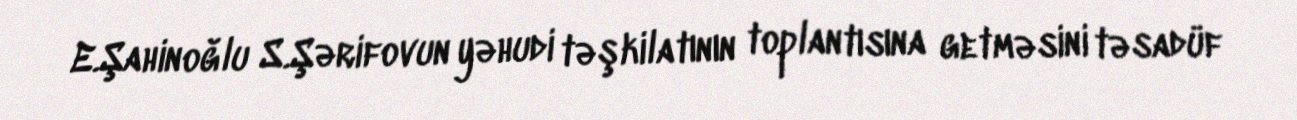
E.Şahinoğlu S.Şərifovun yəhudi təşkilatının toplantısına getməsini təsadüf